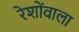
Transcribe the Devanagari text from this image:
रेशोंवाला